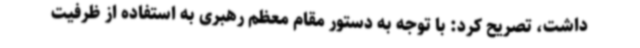
داشت، تصریح کرد: با توجه به دستور مقام معظم رهبری به استفاده از ظرفیت